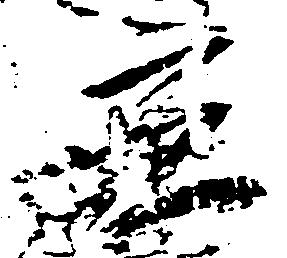
立